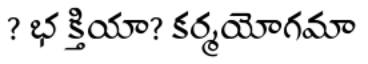
? భ క్తియా? కర్మయోగమా